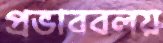
প্রভাববলয়